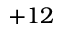
+ 1 2